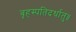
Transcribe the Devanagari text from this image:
बृहस्पतिदर्धातु॥